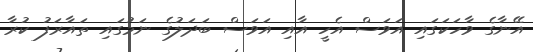
އޭނާގެ ވާހަކަގައި އަވަސް އެހީ އާއި އަވަސް ބަދަލުގެ ނަމުގައި ތައާރަފު ކުރާ